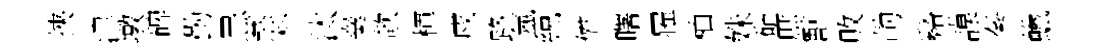
挾津墩碑勤忌蒸朴汰嶪欹楎戍路氳綂儕曙罹柚姝砧庶獸敗勣谿謨蓁蠟